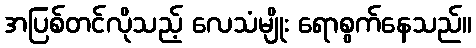
အပြစ်တင်လိုသည့် လေသံမျိုး ရောစွက်နေသည်။